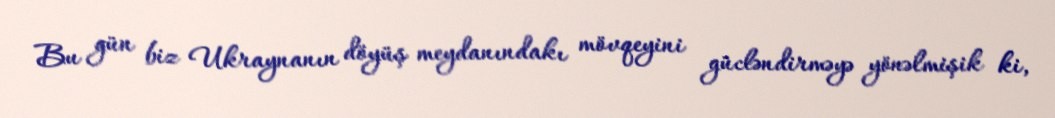
Bu gün biz Ukraynanın döyüş meydanındakı mövqeyini gücləndirməyə yönəlmişik ki,